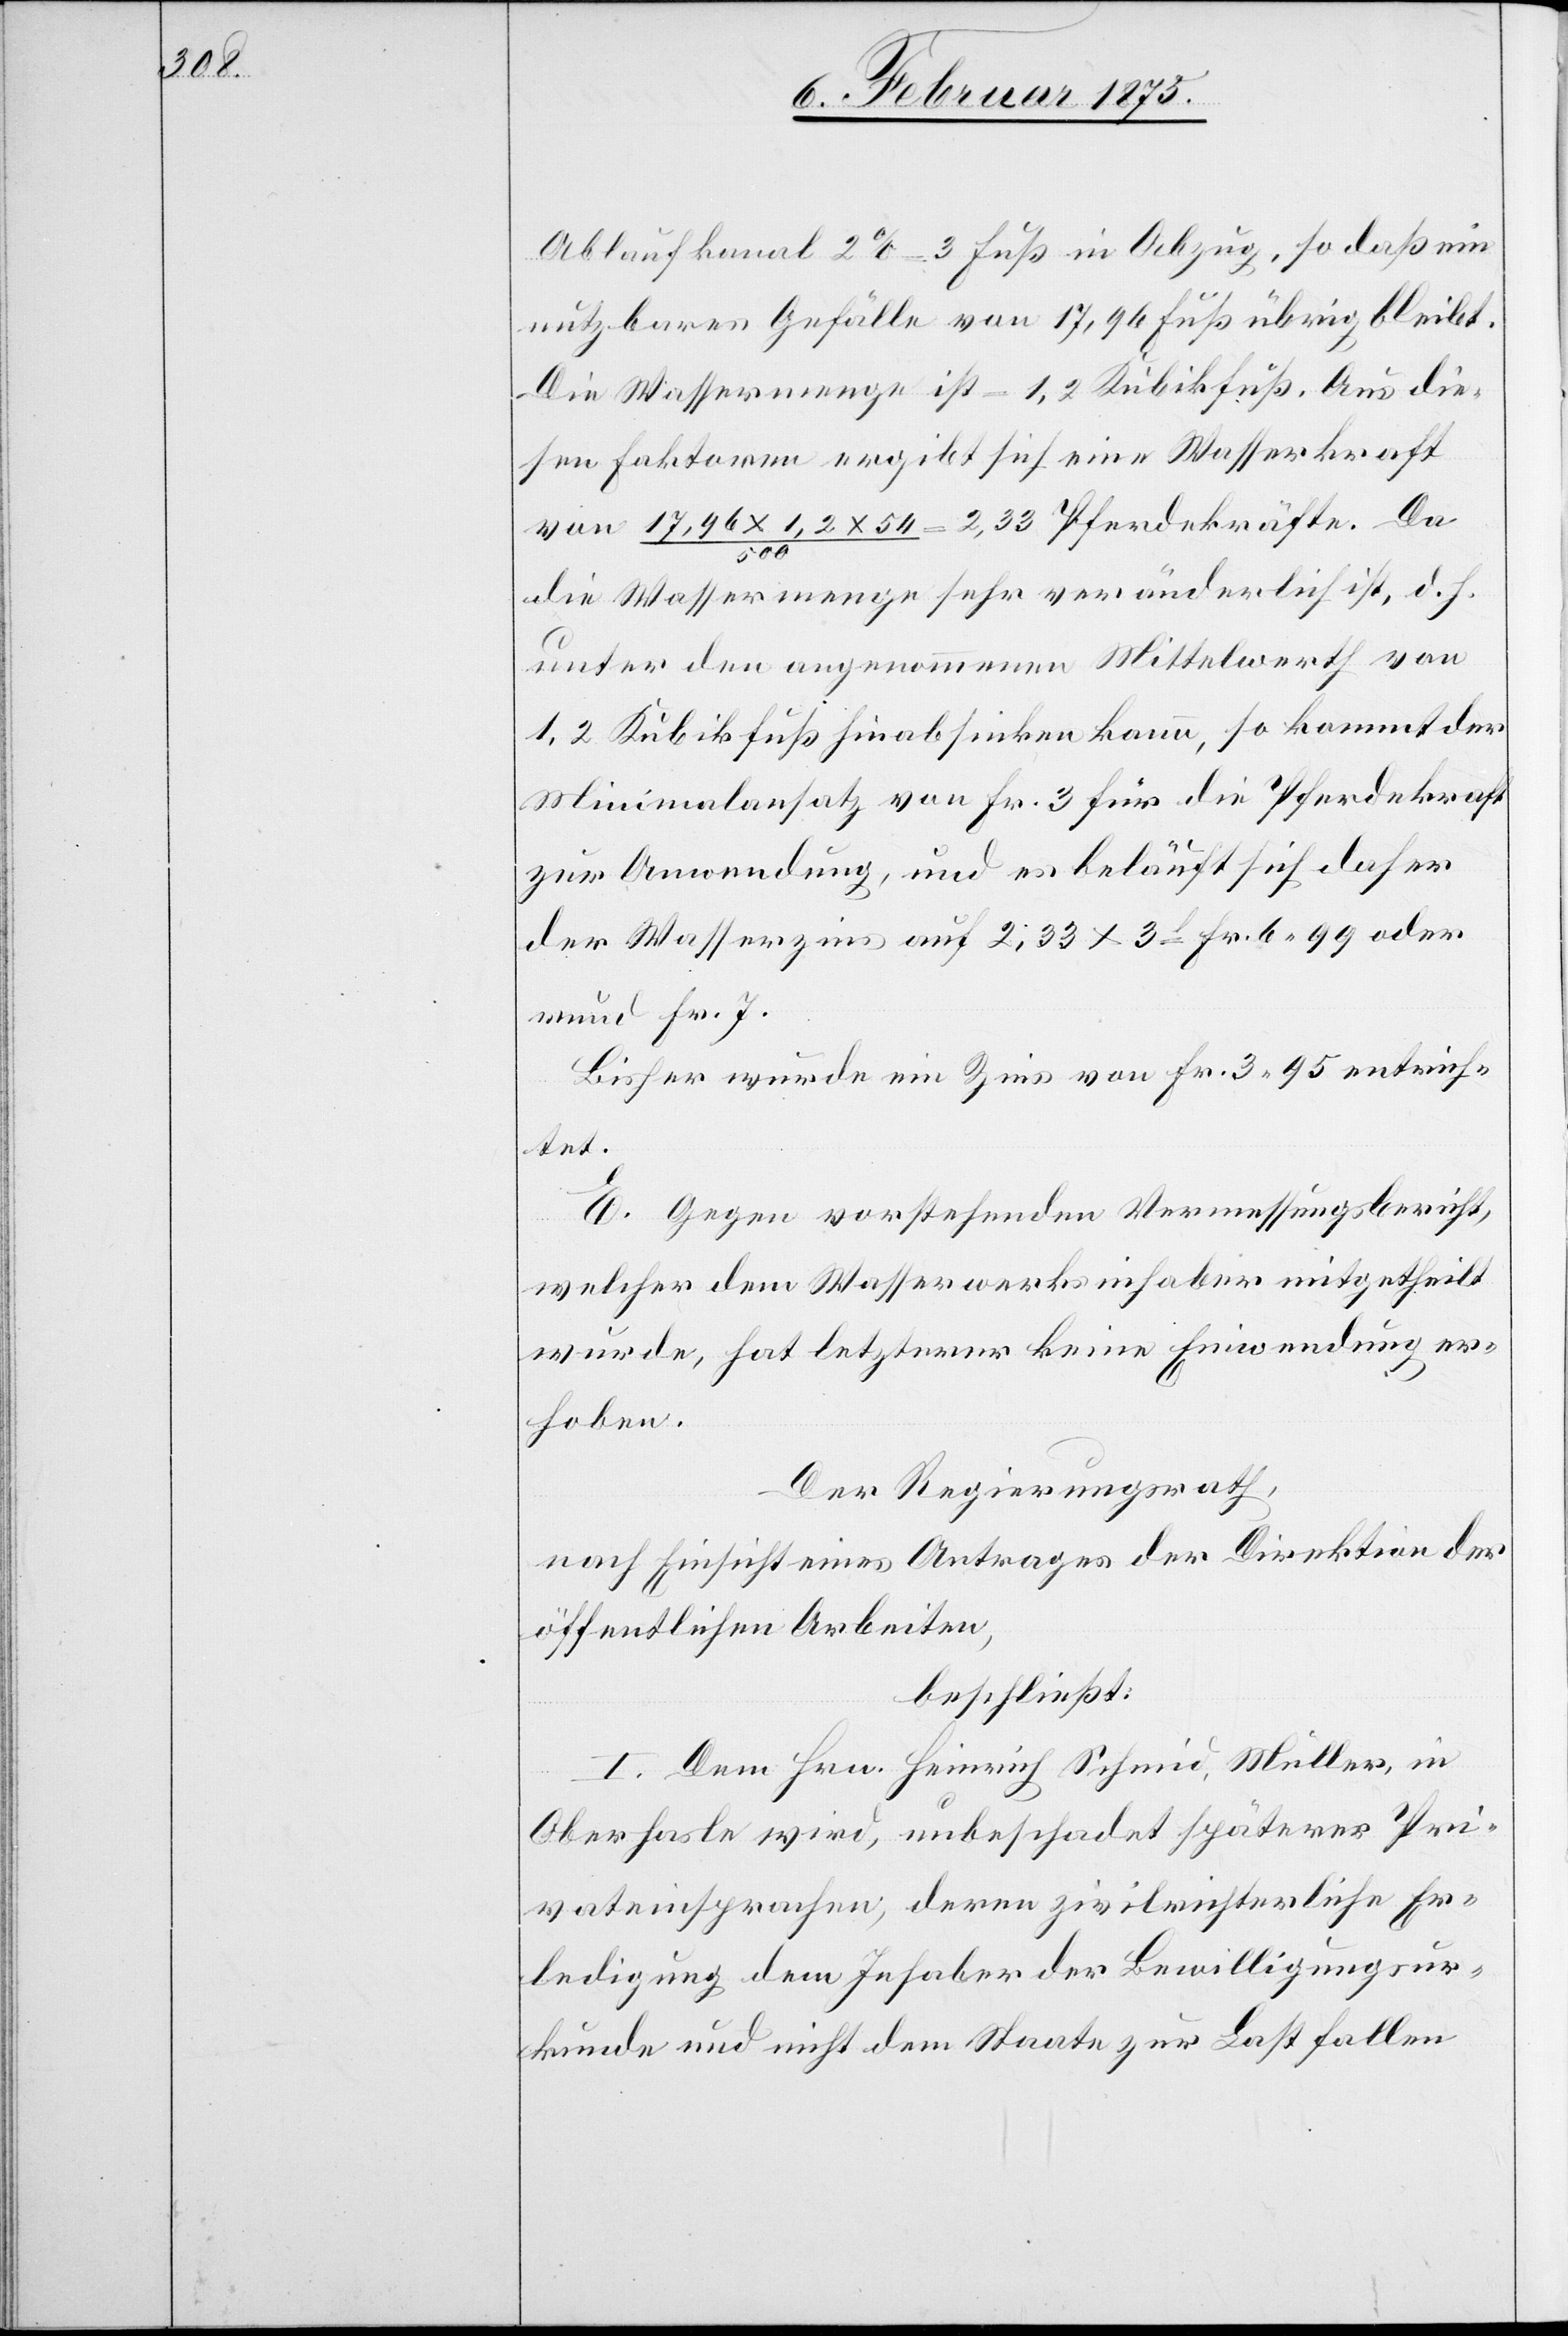
Ablaufkanal 2% = 3 Fuß in Abzug, so daß ein
nutzbares Gefälle von 17,96 Fuß übrig bleibt.
Die Wassermenge ist = 1,2 Kubikfuß. Aus die¬
sen Faktoren ergibt sich eine Wasserkraft
von 17,96 x 1,2 x 54 / 500 = 2,33 Pferdekräfte. Da
die Wassermenge sehr veränderlich ist, d. h.
unter den angenommenen Mittelwerth von
1,2 Kubikfuß hinabsinken kann, so kommt der
Minimalansatz von Fr. 3 für die Pferdekraft
zur Anwendung, und es beläuft sich daher
der Wasserzins auf 2,33 x 3 = Fr. 6. 99 oder
rund Fr. 7.
Bisher wurde ein Zins von Fr. 3. 95 entrich¬
tet.
E. Gegen vorstehenden Vermessungsbericht,
welcher dem Wasserwerksinhaber mitgetheilt
wurde, hat letzterer keine Einwendung er¬
hoben.
Der Regierungsrath,
nach Einsicht eines Antrages der Direktion der
öffentlichen Arbeiten,
beschließt:
I. Dem Hrn. Heinrich Schmid, Müller, in
Oberhasle wird, unbeschadet späterer Pri¬
vateinsprachen, deren zivilrichterliche Er¬
ledigung dem Inhaber der Bewilligungsur¬
kunde und nicht dem Staate zur Last fallen